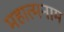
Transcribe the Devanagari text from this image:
महात्मनाम्